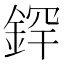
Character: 𫒢